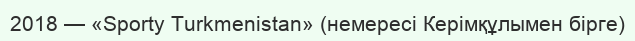
2018 — «Sporty Turkmenistan» (немересі Керімқұлымен бірге)